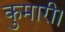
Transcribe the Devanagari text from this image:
कुमारी।